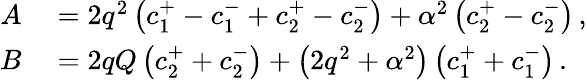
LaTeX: \begin{array}{rl}{A}&{{}=2q^{2}\left(c_{1}^{+}-c_{1}^{-}+c_{2}^{+}-c_{2}^{-}\right)+\alpha^{2}\left(c_{2}^{+}-c_{2}^{-}\right)\, ,}\\ {B}&{{}=2qQ\left(c_{2}^{+}+c_{2}^{-}\right)+\left(2q^{2}+\alpha^{2}\right)\left(c_{1}^{+}+c_{1}^{-}\right)\, .}\end{array}